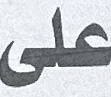
علی